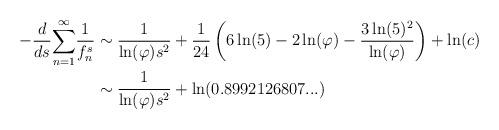
LaTeX: \begin{align*}-\frac{d}{ds}{\displaystyle\sum\limits_{n=1}^{\infty}}\frac{1}{f_{n}^{s}} & \sim\frac{1}{\ln(\varphi)s^{2}}+\frac{1}{24}\left(6\ln(5)-2\ln(\varphi)-\frac{3\ln(5)^{2}}{\ln(\varphi)}\right) +\ln(c)\\& \sim\frac{1}{\ln(\varphi)s^{2}}+\ln(0.8992126807...)\end{align*}